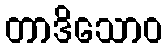
တာဒိသောဝ